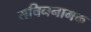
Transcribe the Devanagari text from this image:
सचिननामक